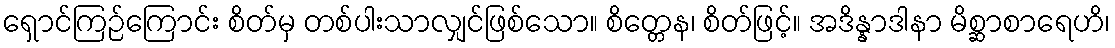
ရှောင်ကြဉ်ကြောင်း စိတ်မှ တစ်ပါးသာလျှင်ဖြစ်သော။ စိတ္တေန၊ စိတ်ဖြင့်။ အဒိန္နာဒါနာ မိစ္ဆာစာရေဟိ၊